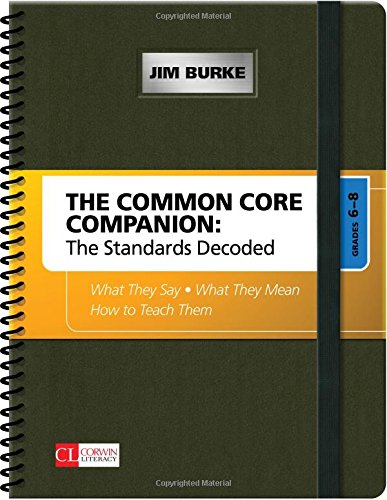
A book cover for The Common Core Companion: The Standards Decoded, Grades 6-8: What They Say, What They Mean, How to Teach Them (Corwin Literacy); Jim Burke; Education & Teaching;